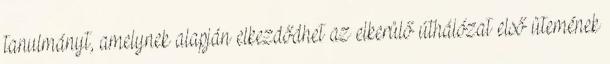
tanulmányt, amelynek alapján elkezdődhet az elkerülő úthálózat első ütemének